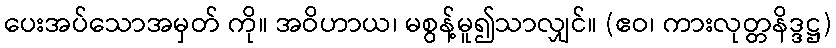
ပေးအပ်သောအမှတ် ကို။ အဝိဟာယ၊ မစွန့်မူ၍သာလျှင်။ (ဧဝ၊ ကားလုတ္တနိဒ္ဒဋ္ဌ)